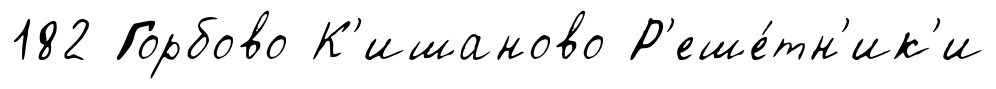
182 Горбово К'ишаново Р'еше́тн'ик'и